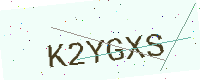
Text: K2YGXS